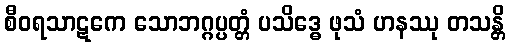
စီဝရသာဋကေ သောဘဂ္ဂပ္ပတ္တံ ပသိဒ္ဓေ ဖုသံ ဟနဿု တသန္တိ